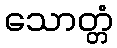
သောတ္တံ